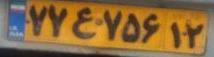
۷۷ع۷۵۶۱۲